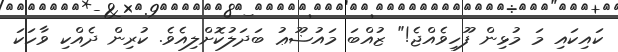
ކައިކައި މަ މުޅިން ފޫހިވެއްޖެ!" ޒުއްބަ މައުޟޫޢު ބަދަލުކޮށްލިއެވެ. ކުރިން ދެއްކި ވާހަކަ